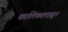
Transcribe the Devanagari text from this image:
कालिकतपासून